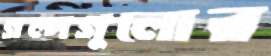
গল্পগুলোর